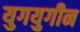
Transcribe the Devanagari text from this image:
युगयुगीन